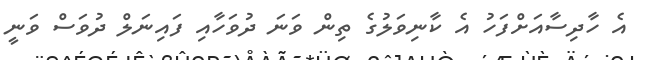
އެ ހާދިސާއަށްފަހު އެ ކާނިވަލުގެ ތިން ވަނަ ދުވަހާއި ފައިނަލް ދުވަސް ވަނީ